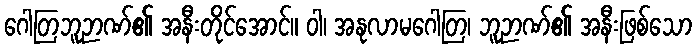
ဂေါတြဘူဉာဏ်၏ အနီးတိုင်အောင်။ ဝါ၊ အနုလာမဂေါတြ၊ ဘူဉာဏ်၏ အနီးဖြစ်သော